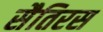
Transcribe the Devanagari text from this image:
सैतिरस